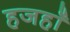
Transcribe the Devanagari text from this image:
हजहाँ